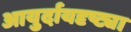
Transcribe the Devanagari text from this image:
आयुर्दायदृष्ट्या